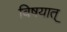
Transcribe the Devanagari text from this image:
विषयात्